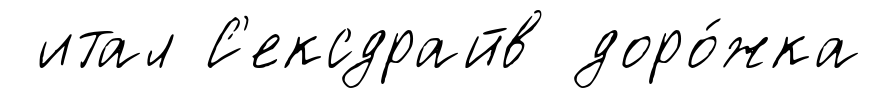
итал С'ексдрайв доро́жка